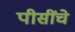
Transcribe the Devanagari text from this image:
पीसींचे